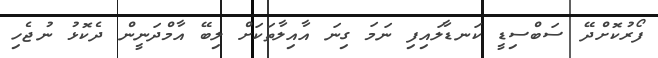
ފޯރުކޮށްދޭ ސަބްސިޑީ ކަނޑާލައިފި ނަމަ ގިނަ އާއިލާތަކަށް ލިބޭ އާމްދަނީން ދެކޮޅު ނުޖެހި